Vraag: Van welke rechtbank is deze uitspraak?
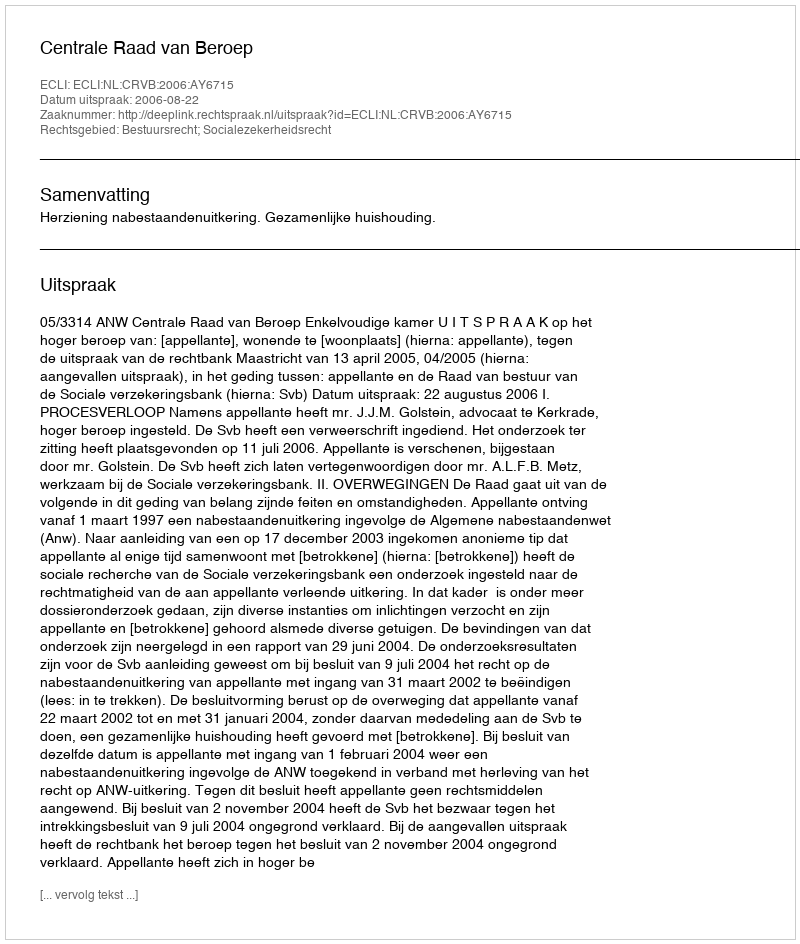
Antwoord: Centrale Raad van Beroep